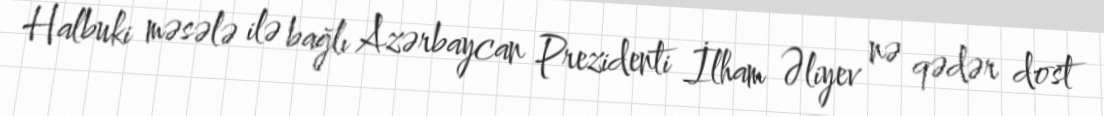
Halbuki məsələ ilə bağlı Azərbaycan Prezidenti İlham Əliyev nə qədər dost